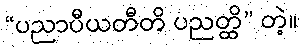
“ပညာပီယတီတိ ပညတ္ထိ” တဲ့။